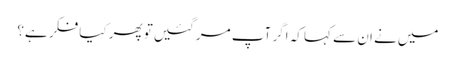
میں‌نے ان سے کہا کہ اگر آپ مر گئیں‌تو پھر کیا فکر ہے؟